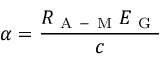
\alpha = \frac { R _ { \mathrm { ~ A ~ - ~ M ~ } } E _ { \mathrm { ~ G ~ } } } { c }